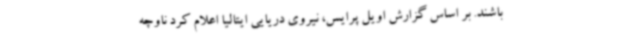
باشند. بر اساس گزارش اویل پرایس، نیروی دریایی ایتالیا اعلام کرد ناوچه